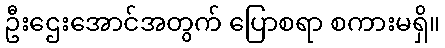
ဦးဌေးအောင်အတွက် ပြောစရာ စကားမရှိ။